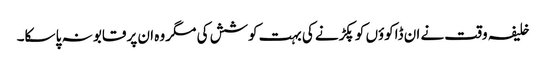
خلیفہ وقت نے ان ڈاکوؤں کو پکڑنے کی بہت کوشش کی مگر وہ ان پر قابو نہ پا سکا۔